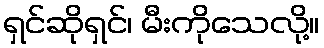
ရှင်ဆိုရှင်၊ မီးကိုသေလို့။